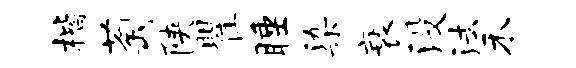
楷萄陕瞿睡染衰没法禾